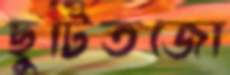
ছুটিতজো